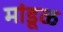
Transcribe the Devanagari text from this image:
मांडूळ